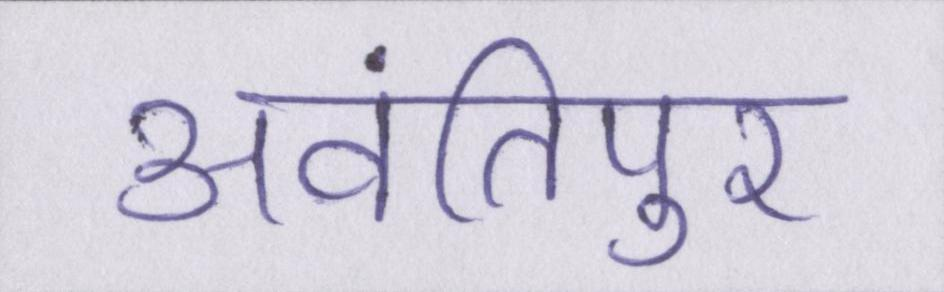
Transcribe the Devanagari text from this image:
अवंतिपुर